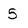
Character: 5